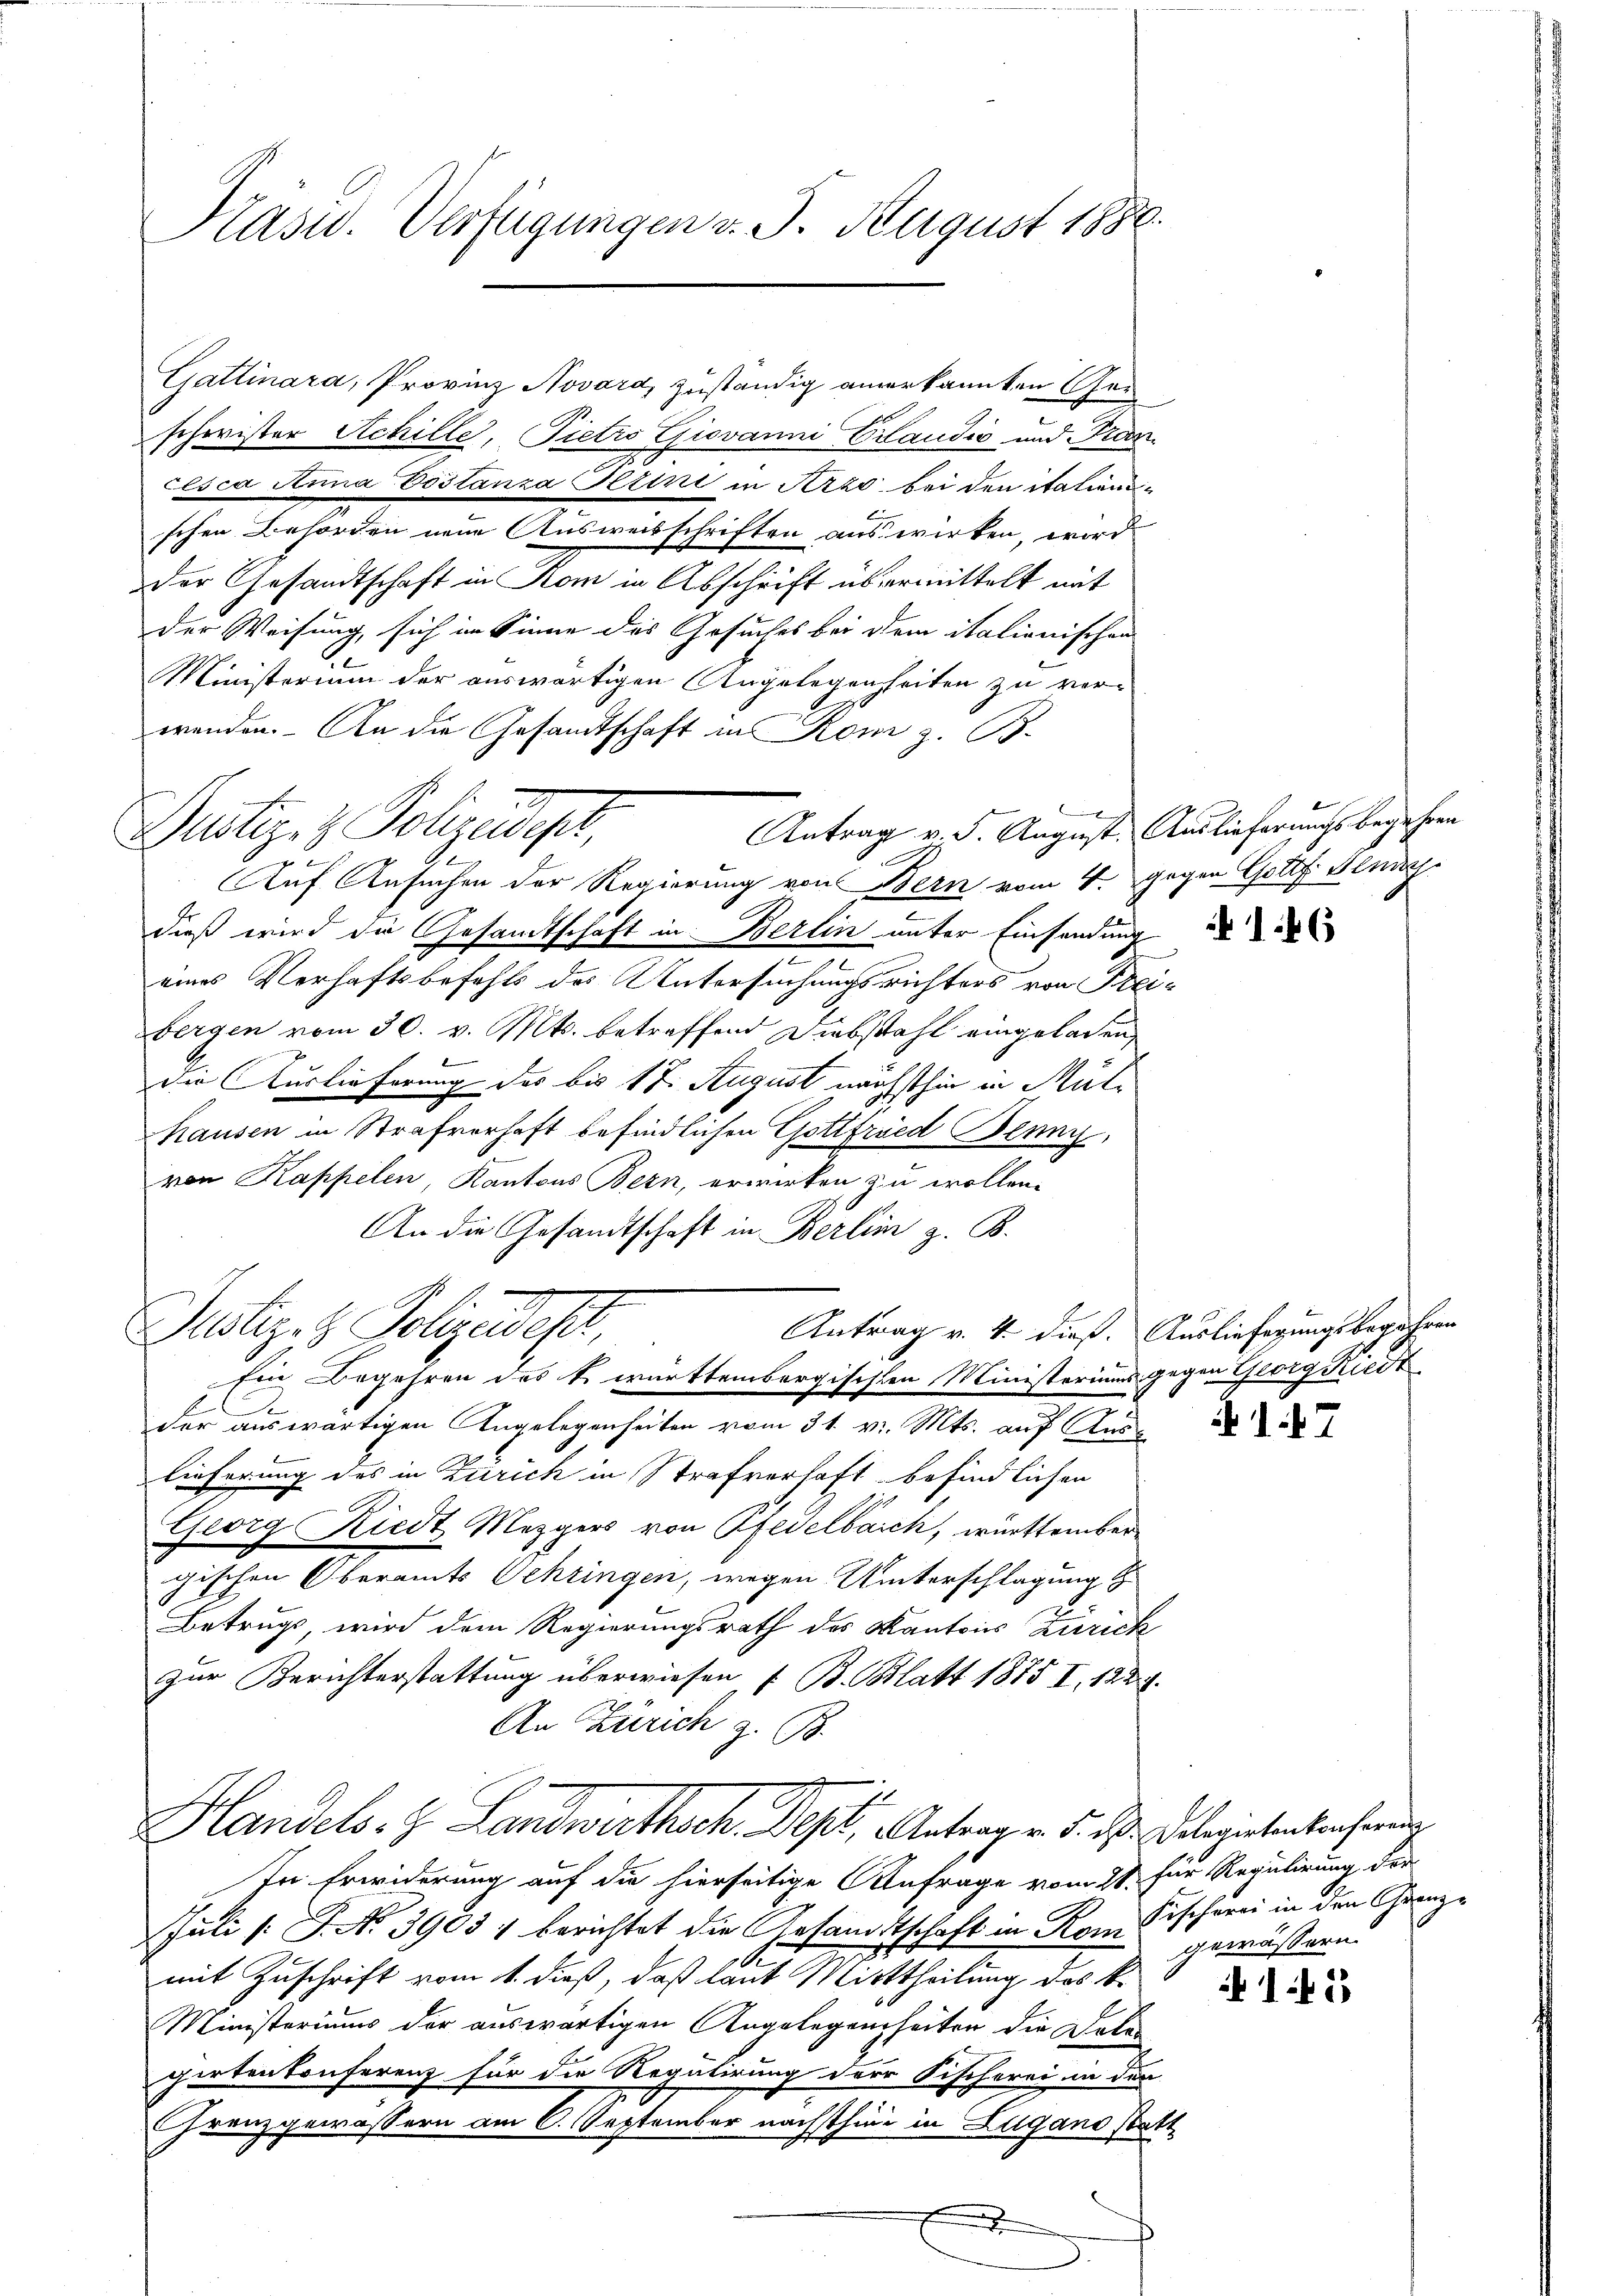
Präsid. Verfügungen v. J. August 1886.

Gustiz- & Polizeidiger,
Auf Ansuchen der Regierung von Bern vom 4. gegen Gottf Kludy

Gattinara, Provinz Novard, zuständig anerkannten Ger
schwister Achille, Pietro Giovanni Claudić und Tran
cesca Anna Dostanza Perini in Arzo bei den italienischen Behörden neue Ausweisschriften aus wirken, wird
der Gesandtschaft in Rom in Abschrift übermittelt mit
der Weisung, sich im Sinne des Gesuches bei dem italionischen
Ministerium der auswärtigen Angelegenheiten zu verwenden. - An die Gesandtschaft in Rom z. B.
.
Antrag v. 5. August. Auslieferungsbegehren
dieß wird die Gesandtschaft in Berlin unter Einsendung
e
eines Verhaftsbefehls des Untersuchungsrichters von Freibergen vom 30. v. Mts. betreffend Diebstahl eingeladen,
die Auslieferung des bis 17. August nächsthin in Mülhausen in Strafverhaft befindlichen Gottfried Benny,
von Kappelen, Kantons Bern, erwirken zu wollen.
An die Gesandtschaft in Berlin z. B.
Justiz- & Polizeidest,
Antrag v. 4. dieß. Ausliefegungsbegehren
Ein Begehren des k. württembergischten Ministeriums gegen Georg Riedt
.
der auswärtigen Angelegenheiten vom 31. v. Mts. auf Aus
lieferung des in Zürich in Strafverhaft befindlichen
Georg Riedt Mezgers von Pfedelbaich, württember
gischen Oberamts Schringen, wegen Unterschlagung
Betrugs, wird dem Regierungsrath des Kantons Zürich
zur Berichterstattung überwiesen u. B. Blatt 1875 I, 1239.
An Zürich z. B.
Handels- & Landwirthsch. Dept, Antrag v. 5. des Delegententenforde
In Erwiderung auf die hierseitige Anfrage vom 28. für Regulirung der
Juli P. No. 3903 4 berichtet die Gesandtschaft in Rom Fischerei in den Grenze
mit Zuschrift vom 1. dieß, daß laut Mittheilung des k.
Ministeriums der auswärtigen Angelegenheiten die Dele-
girtenkonferenz für die Regulirung der Fischerei in den
Grenzgewässern am 6. September nächsthini in Zugano statt
.

46

gewässern.

145